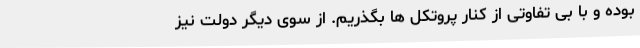
بوده و با بی تفاوتی از کنار پروتکل ها بگذریم. از سوی دیگر دولت نیز